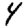
Digit: 4